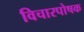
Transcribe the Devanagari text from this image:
विचारपोषक